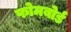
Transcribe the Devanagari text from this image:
फोमबोर्ड